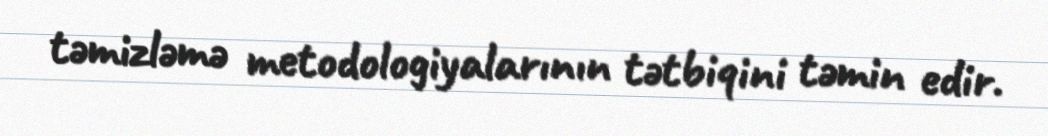
təmizləmə metodologiyalarının tətbiqini təmin edir.